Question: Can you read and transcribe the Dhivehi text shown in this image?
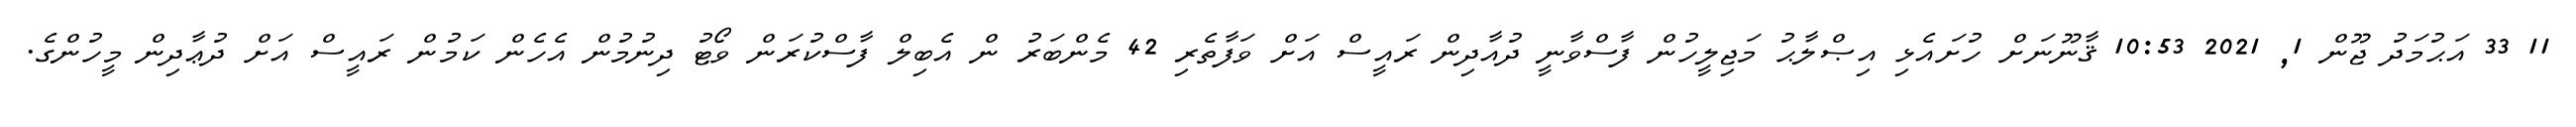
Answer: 11 33 އަޙުމަދު ޖޫން 1, 2021 10:53 ޤާނޫނަށް ހުށައެޅި އިޞްލާޙު މަޖިލީހުން ފާސްވާނީ ދުއާދިން ރައީސް އަށް ވަފާތެރި 42 މެންބަރު ން އެބިލް ފާސްކުރަން ވޯޓު ދިނުމުން އެހެން ކަމުން ރައީސް އަށް ދުޢާދިން މީހުންގެ.